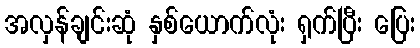
အလှန်ချင်းဆုံ နှစ်ယောက်လုံး ရှက်ပြီး ပြေး